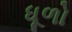
ધૂળો